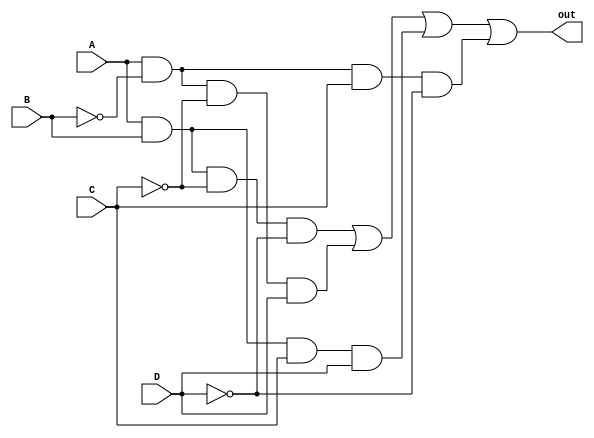
module parityGenEnable(A,B,C,D,out);
	input A,B,C,D;
	output out;
wire term1, term2, term3, term4;

assign term1 = A & B & (~C) & (~D);
assign term2 = A & (~B) & (~C) & D;
assign term3 = A & B & C & D;
assign term4 = A & (~B) & C & (~D);

assign out = term1 | term2 | term3 | term4;
endmodule



module parity_stimulus_generator(A,B,C,D);
	output reg A,B,C,D;
		
	initial
	begin
		
		A=0;
		B=0;
		C=0;
		D=0;
		
		$dumpfile("parityGenEnable.vcd");
		$dumpvars;
		A=0; B=0; C=0;D=0;
		#2
		A=0; B=0; C=0;D=1;
		#2
		A=0; B=0; C=1;D=0;
		#2
		A=0; B=0; C=1;D=1;
		#2
		A=0; B=1; C=0;D=0;
		#2		
		A=0; B=1; C=0;D=1;
		#2		
		A=0; B=1; C=1;D=0;
		#2		
		A=0; B=1; C=1;D=1;
		#2	
		A=1; B=0; C=0;D=0;
		#2	
		A=1; B=0; C=0;D=1;
		#2	
		A=1; B=0; C=1;D=0;
		#2	
		A=1; B=0; C=1;D=1;
		#2	
		A=1; B=1; C=0;D=0;
		#2	
		A=1; B=1; C=0;D=1;
		#2			
		A=1; B=1; C=1;D=0;
		#2	
		A=1; B=1; C=1;D=1;
		#2	
		$finish;
	end
endmodule

module act3bus_testbench();
	wire A,B,C,D;
	
	parityGenEnable evenParity(A,B,C,D,out);
	parity_stimulus_generator parityGen(A,B,C,D);
endmodule